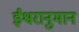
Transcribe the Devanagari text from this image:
ईश्वरानुमान